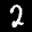
Label: 2